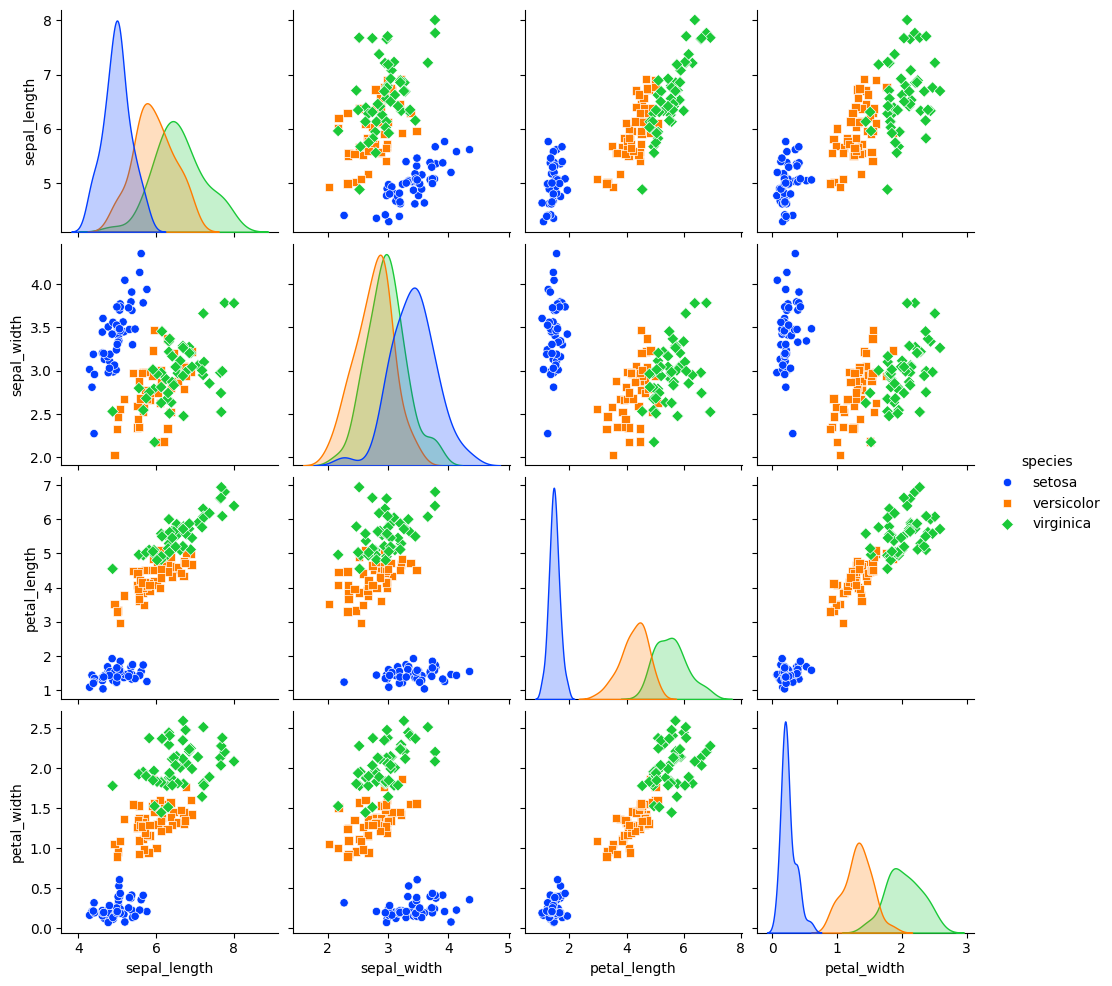
python, seaborn, pairplot, palette='bright', markers=['o', 's', 'D'], kind='scatter', diag_kind='kde'